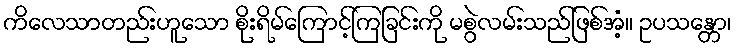
ကိလေသာတည်းဟူသော စိုးရိမ်ကြောင့်ကြခြင်းကို မစွဲလမ်းသည်ဖြစ်အံ့။ ဥပသန္တော၊